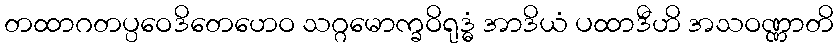
တထာဂတပ္ပဝေဒိတေဟေဝ သဂ္ဂမောက္ခဝိရုဒ္ဓံ အာဒိယံ ပထာဒီဟိ အသဝဏ္ဏာတိ